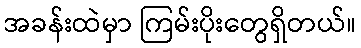
အခန်းထဲမှာ ကြမ်းပိုးတွေရှိတယ်။